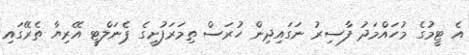
އެ ޓީމުގެ މުހައްމަދު ފާސިރު ނަގައިދިން ހުރަސް ތިމަރަފުށީގެ ޕެނަލްޓީ އޭރިޔާ ތެރޭގައި